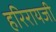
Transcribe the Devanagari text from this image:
हरिरायजी